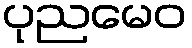
ပုညမေဝ